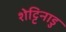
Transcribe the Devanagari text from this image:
शेट्टिनाडु